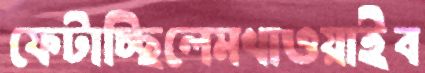
ফেটাচ্ছিলেমখাওয়াইব